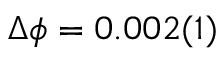
\Delta \phi = 0 . 0 0 2 ( 1 )